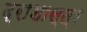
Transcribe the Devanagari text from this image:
द्राशास्त्र